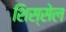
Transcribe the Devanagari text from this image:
शिस्सेल